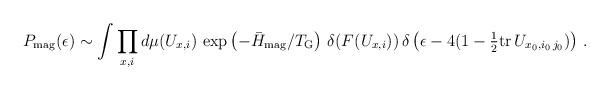
LaTeX: \begin{align*}P_{\rm mag}(\epsilon) \sim \int \prod\limits_{x,i} d\mu(U_{x,i}) \, \exp\left(- {\bar H_{\rm mag}/T_{\rm G}} \right) \, \delta(F(U_{x,i})) \, \delta\left( \epsilon - 4 (1 - {\textstyle {1\over 2}}{\rm tr} \, U_{x_0,i_0\,j_0}) \right) \,.\end{align*}